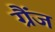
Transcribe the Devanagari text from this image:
ग्रैंज